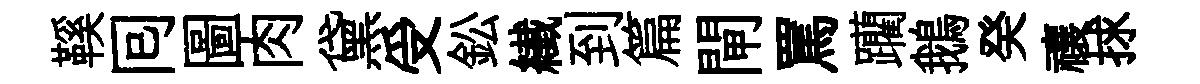
鞵囘圖肉黛受鈆纎到篇閘罵躪鵝癸禳捄